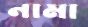
নামা